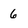
Character: 6